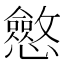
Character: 𭟠